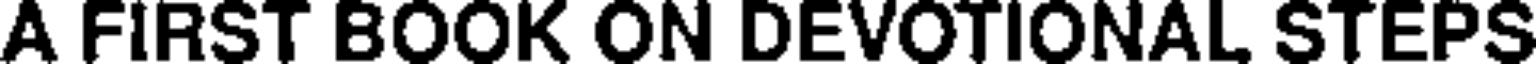
A FIRST BOOK ON DEVOTIONAL STEPS